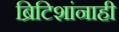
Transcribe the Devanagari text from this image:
ब्रिटिशांनाही